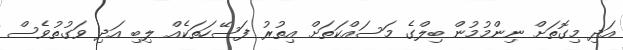
އަދި މިގޮތަށް ނިންމުމުން ބިލްގެ މަސައްކަތަށް އިތުރު ފަސޭހަތަކެއް ލިބި އަދި ވަގުތުވެސް